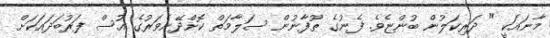
މާނައަކީ " ދަރިކަލުން ބުންޏެވެ. ފެނުގެ ޠޫފާނުން ސަލާމަތް ކޮށްދޭނެވަރުގެ އުސް ފަރުބަދައަކަށް